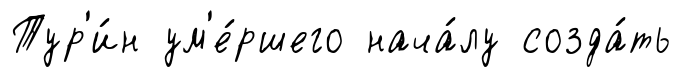
Тур'и́н ум'е́ршего нача́лу созда́ть